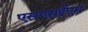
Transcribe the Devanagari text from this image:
एसएसईएम